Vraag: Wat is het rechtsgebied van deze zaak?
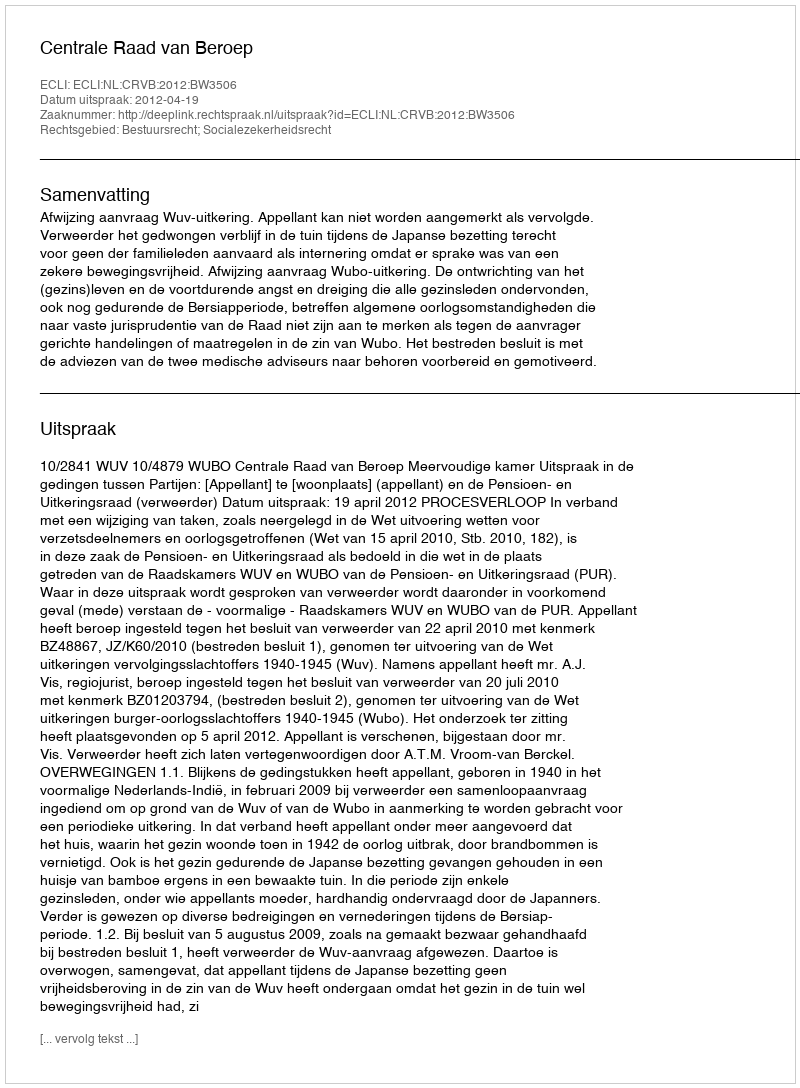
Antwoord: Bestuursrecht; Socialezekerheidsrecht